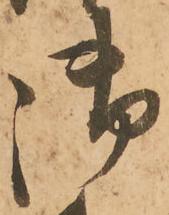
御